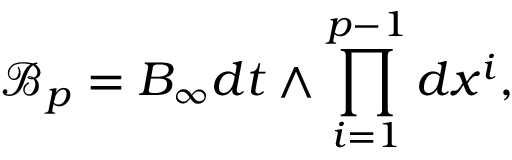
{ \mathcal B } _ { p } = B _ { \infty } d t \wedge \prod _ { i = 1 } ^ { p - 1 } d x ^ { i } ,